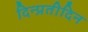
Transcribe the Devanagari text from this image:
दिन्प्रतीदिन